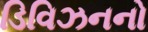
ડિવિઝનનો